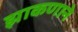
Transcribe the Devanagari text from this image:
झाकणाने